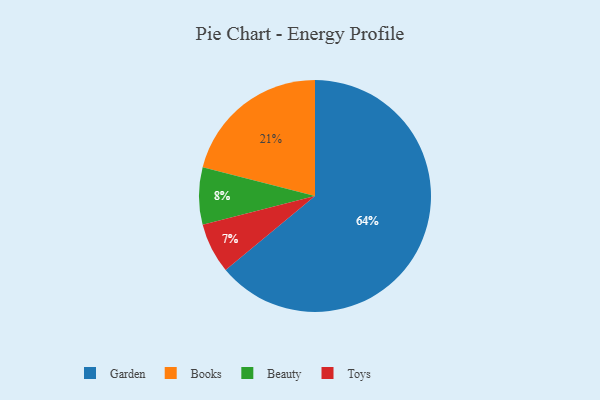
{"axis": {"x": "Category", "y": "Percentage"}, "legend": ["Beauty", "Books", "Garden", "Toys"], "data": [{"x": "Books", "y": 21, "type": "Books"}, {"x": "Beauty", "y": 8, "type": "Beauty"}, {"x": "Toys", "y": 7, "type": "Toys"}, {"x": "Garden", "y": 64, "type": "Garden"}]}